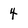
Character: 4